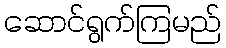
ဆောင်ရွက်ကြမည်